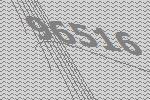
96516